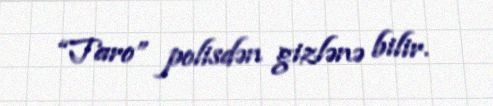
“Taro” polisdən gizlənə bilir.